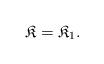
LaTeX: \begin{align*}\mathfrak{K} = \mathfrak{K}_{1}.\end{align*}